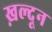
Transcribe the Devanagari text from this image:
ख़ल्दून